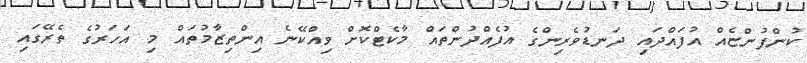
ކުންފުންޏެއް އުފައްދައި ދަނޑުވެރިންގެ އުފެއްދުންތައް މާކެޓްކޮށް ވިއްކޭނެ އިންތިޒާމުތައް މި އަހަރުގެ ތެރޭގައި